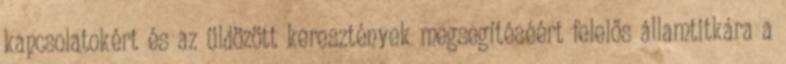
kapcsolatokért és az üldözött keresztények megsegítéséért felelős államtitkára a